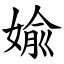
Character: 婾